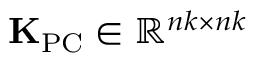
{ \bf K } _ { \mathrm { P C } } \in \mathbb { R } ^ { n k \times n k }